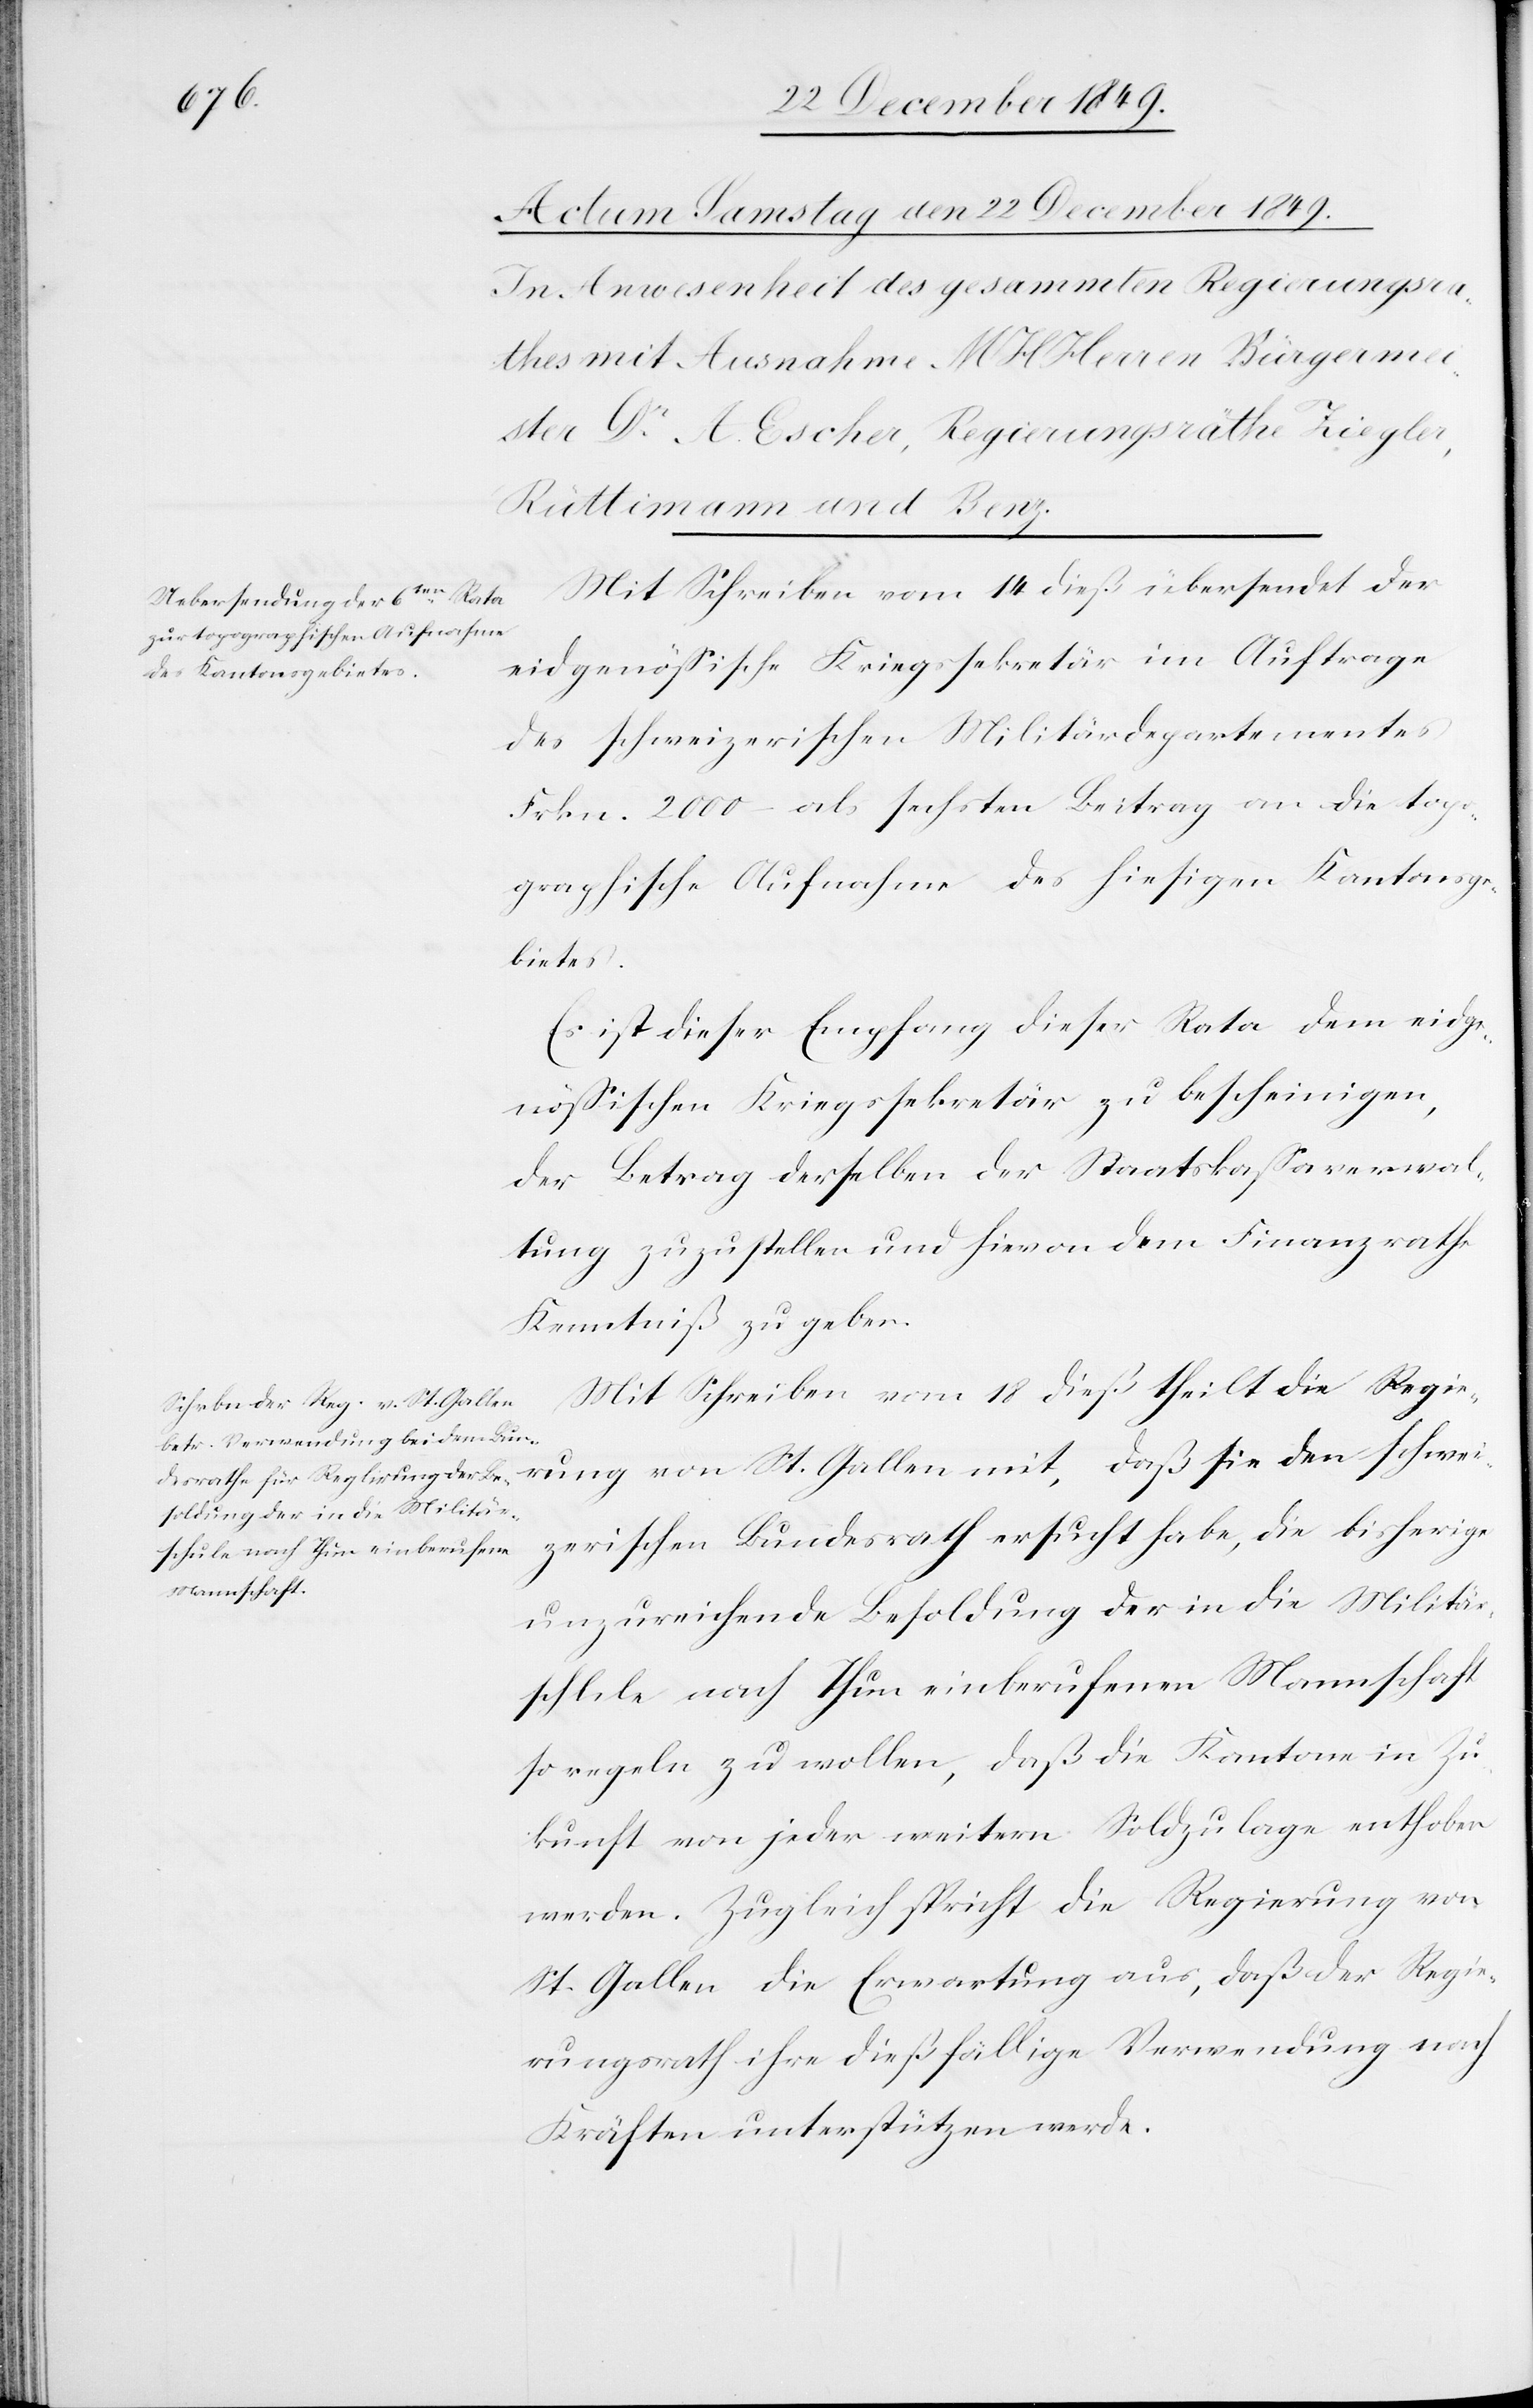
Mit Schreiben vom 14 dieß übersendet der
eidgenößische Kriegssekretär im Auftrage
des schweizerischen Militärdepartementes
Frkn. 2000 als sechsten Beitrag an die topo¬
graphische Aufnahme des hiesigen Kantonsg¬
ebietes.
Es ist dieser Empfang dieser Rata dem eidge¬
nößischen Kriegssektretär zu bescheinigen,
der Betrag derselben der Staatskaßaverwal¬
tung zuzustellen und hievon dem Finanzrathe
Kenntniß zu geben.
Mit Schreiben vom 18 dieß theilt die Regie¬
rung von St. Gallen mit, daß sie den schwei¬
zerischen Bundesrath ersucht habe, die bisherige
unzureichende Besoldung der in die Militä¬
rschule nach Thun einberufenen Mannschaft
so regeln zu wollen, daß die Kantone in Zu¬
kunft von jeder weitern Soldzulage enthoben
werden. Zugleich spricht die Regierung von
St. Gallen die Erwartung aus, daß der Regie¬
rungsrath ihre dießfällige Verwendung nach
Kräften unterstützen werde.